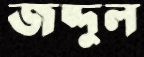
জব্দুল